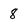
Character: 8